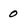
Character: 0